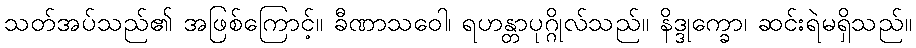
သတ်အပ်သည်၏ အဖြစ်ကြောင့်။ ခီဏာသဝေါ၊ ရဟန္တာပုဂ္ဂိုလ်သည်။ နိဒ္ဒုက္ခော၊ ဆင်းရဲမရှိသည်။